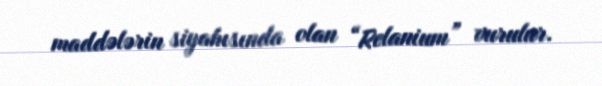
maddələrin siyahısında olan “Relanium” vurulur.